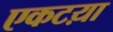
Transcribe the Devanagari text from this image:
एकटय़ा